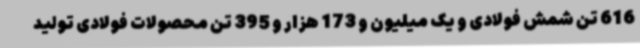
616 تن شمش فولادی و یک میلیون و 173 هزار و 395 تن محصولات فولادی تولید